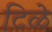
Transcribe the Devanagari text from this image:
टिळे